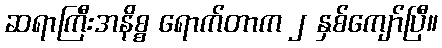
ဆရာကြီးအနိစ္စ ရောက်တာက ၂ နှစ်ကျော်ပြီ။